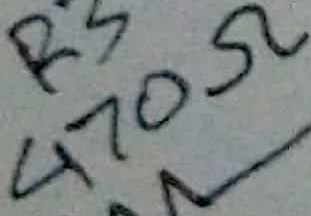
Text: 470Ω